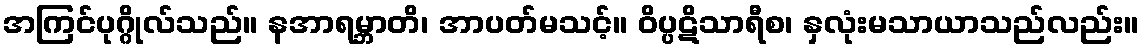
အကြင်ပုဂ္ဂိုလ်သည်။ နအာရမ္ဘာတိ၊ အာပတ်မသင့်။ ဝိပ္ပဋိသာရီစ၊ နှလုံးမသာယာသည်လည်း။